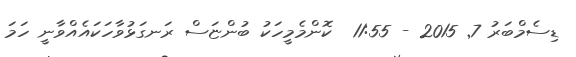
ޑިސެމްބަރު 7